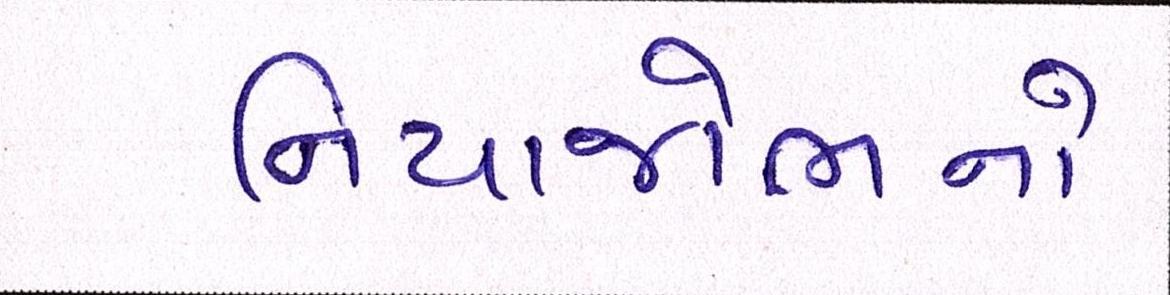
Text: નિયાજોભનો